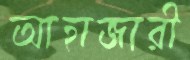
আহাজারী